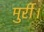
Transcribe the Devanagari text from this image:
मुर्री।